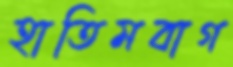
হাতিমবাগ